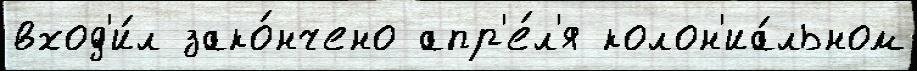
вход'и́л зако́нчено апр'е́л'я колон'иа́льном